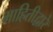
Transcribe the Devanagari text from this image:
माहितीद्वारे